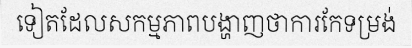
ទៀតដែលសកម្មភាពបង្ហាញថាការកែទម្រង់